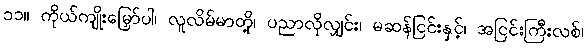
၁၁။ ကိုယ်ကျိုးမြှော်ပါ၊ လူလိမ်မာတို့၊ ပညာလိုလျှင်း၊ မဆန်ငြင်းနှင့်၊ အငြင်းကြီးလစ်၊